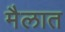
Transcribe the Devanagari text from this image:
मैलात